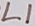
Text: L1